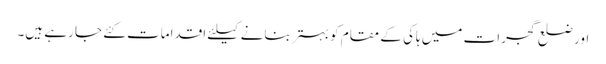
اور ضلع گجرات میں ہاکی کے مقام کو بہتر بنانے کیلئے اقدامات کئے جا رہے ہیں۔